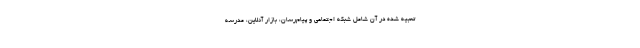
تعبیه شده در آن شامل شبکه اجتماعی و پیام‌رسان، بازار آنلاین، مدرسه